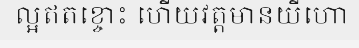
ល្អឥតខ្ចោះ ហើយវត្តមានយីហោ